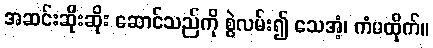
အဆင်းဆိုးဆိုး ဆောင်သည်ကို စွဲလမ်း၍ သေအံ့၊ ကံမထိုက်။